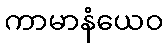
ကာမာနံယေဝ